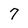
Character: 7